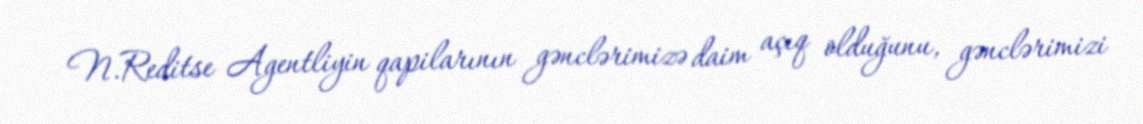
N.Reditse Agentliyin qapilarının gənclərimizə daim açıq olduğunu, gənclərimizi